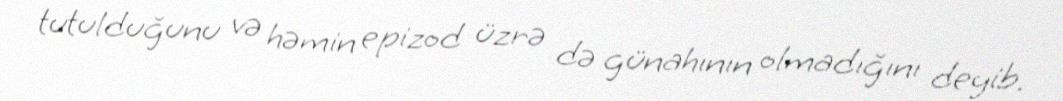
tutulduğunu və həmin epizod üzrə də günahının olmadığını deyib.